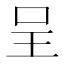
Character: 呈